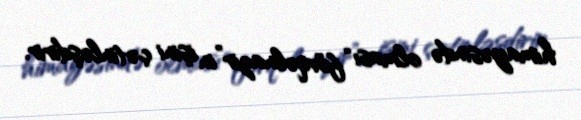
himayəsində olması “fövqəlnazir”in işini çətinləşdirir.